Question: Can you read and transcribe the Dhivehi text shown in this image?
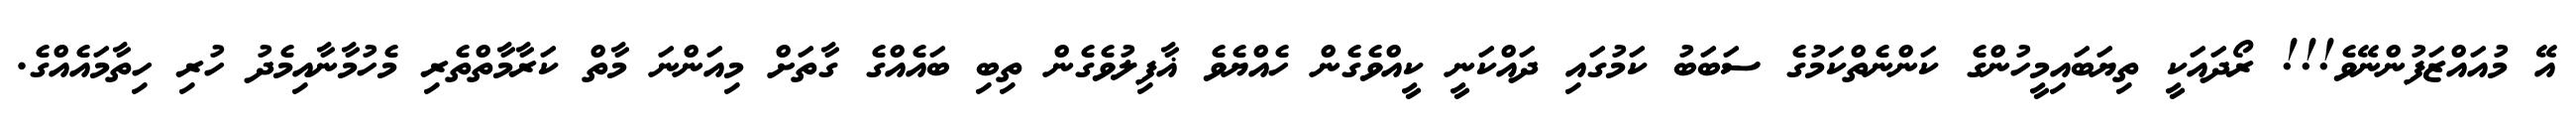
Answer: އޭ މުއައްޒަފުންނޭވެ!!! ރޯދައަކީ ތިޔަބައިމީހުންގެ ކަންނެތްކަމުގެ ސަބަބު ކަމުގައި ދައްކަނީ ކީއްވެގެން ހެއްޔެވެ ޣާފިލުވެގެން ތިބި ބައެއްގެ ގާތަށް މިއަންނަ މާތް ކަރާމާތްތެރި މެހުމާނާއިމެދު ހުރި ހިތާމައެއްގެ.